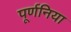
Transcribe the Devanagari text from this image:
पूर्णनिया